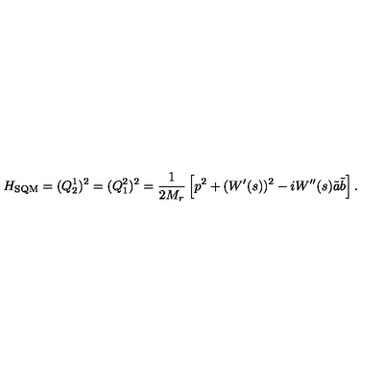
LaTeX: H _ { \mathrm { S Q M } } = ( Q _ { 2 } ^ { 1 } ) ^ { 2 } = ( Q _ { 1 } ^ { 2 } ) ^ { 2 } = \frac { 1 } { 2 M _ { r } } \left[ p ^ { 2 } + ( W ^ { \prime } ( s ) ) ^ { 2 } - i W ^ { \prime \prime } ( s ) \tilde { a } \tilde { b } \right] .